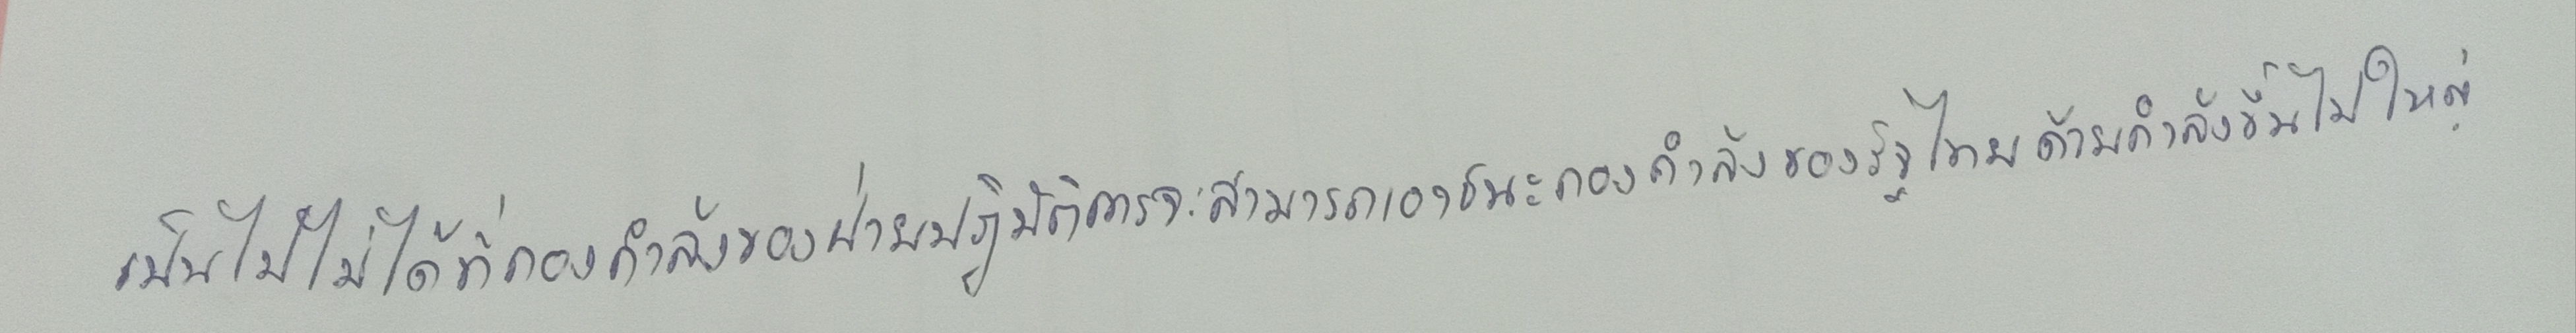
เป็นไปไม่ได้ที่กองกำลังของฝ่ายปฏิบัติการจะสามารถเอาชนะกองกำลังของรัฐไทยด้วยกำลังขึ้นไปใหญ่